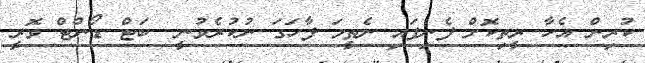
ކުރިން އެހާ ރީތިކޮށް ފެނިފައި ނެތީމަ ފާހަގަ ނުކުރެވުނީ.. ބަޓް ޑޯންޓް ވޮރީ